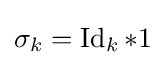
\sigma _{k}=\operatorname {Id} _{k}*1